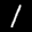
Label: 1